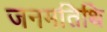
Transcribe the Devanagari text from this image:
जनमतिथि